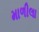
માળીલા